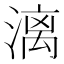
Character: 漓